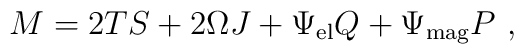
M = 2 TS + 2 \Omega J + \Psi_{\rm el} Q + \Psi_{\rm mag} P\ ,